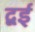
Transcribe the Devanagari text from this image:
द्वई